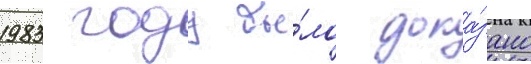
1983 году бы́ло дока́зано